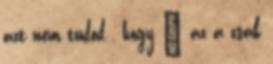
azt nem tudod , hogy " az a zsák